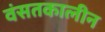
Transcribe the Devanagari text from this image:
वंसतकालीन